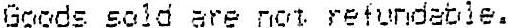
GOODS SOLD ARE NOT REFUNDABLE.